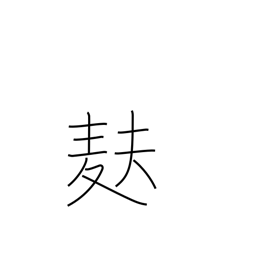
Meaning: light wheat-gluten bread